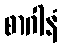
စာဂါနံ